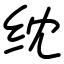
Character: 𬘘